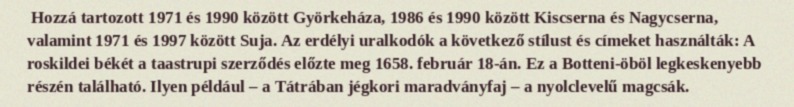
Hozzá tartozott 1971 és 1990 között Györkeháza, 1986 és 1990 között Kiscserna és Nagycserna, valamint 1971 és 1997 között Suja. Az erdélyi uralkodók a következő stílust és címeket használták: A roskildei békét a taastrupi szerződés előzte meg 1658. február 18-án. Ez a Botteni-öböl legkeskenyebb részén található. Ilyen például – a Tátrában jégkori maradványfaj – a nyolclevelű magcsák.